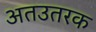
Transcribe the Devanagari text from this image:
अतउतरक